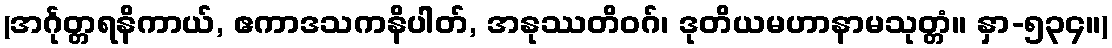
(အင်္ဂုတ္တရနိကာယ်, ဧကာဒသကနိပါတ်, အနုဿတိဝဂ်၊ ဒုတိယမဟာနာမသုတ္တံ။ နှာ-၅၃၄။)